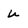
Character: u